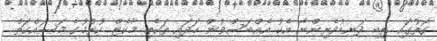
ގޮތުގައި ތިބި ދަނޑުވެރިންނާ އެކު އެއްބަސްވުން ހަދައި ތަކެތި މާކެޓް ކުރުމުގެ މަސައްކަތް